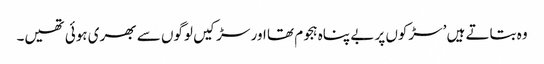
وہ بتاتے ہیں ’سڑکوں پر بے پناہ ہجوم تھا اور سڑکیں لوگوں سے بھری ہوئی تھیں۔